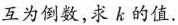
互为倒数，求k的值。